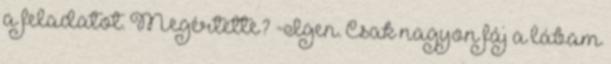
a feladatot. Megértette? -Igen. Csak nagyon fáj a lábam